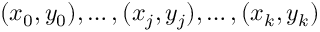
( x _ { 0 } , y _ { 0 } ) , \ldots , ( x _ { j } , y _ { j } ) , \ldots , ( x _ { k } , y _ { k } )